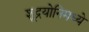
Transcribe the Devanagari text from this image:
शूद्रयोनिमध्ये